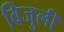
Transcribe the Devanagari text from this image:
बिजुली